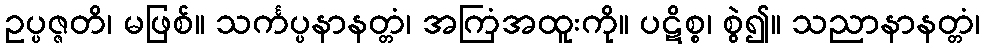
ဥပ္ပဇ္ဇတိ၊ မဖြစ်။ သင်္ကပ္ပနာနတ္တံ၊ အကြံအထူးကို။ ပဋိစ္စ၊ စွဲ၍။ သညာနာနတ္တံ၊